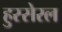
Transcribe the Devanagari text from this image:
हुस्सेरल